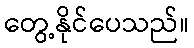
တွေ့နိုင်ပေသည်။